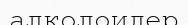
алколоидер